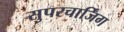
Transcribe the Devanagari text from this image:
सुपरचार्जिंग